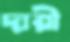
দারী